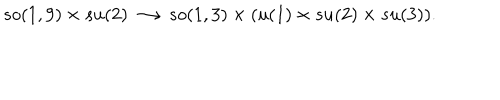
s o ( 1 , 9 ) \times s u ( 2 ) \longrightarrow s o ( 1 , 3 ) \times ( u ( 1 ) \times s u ( 2 ) \times s u ( 3 ) ) .